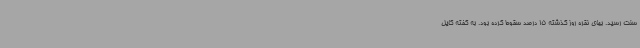
سنت رسید. بهای نقره روز گذشته 15 درصد سقوط کرده بود. به گفته کایل